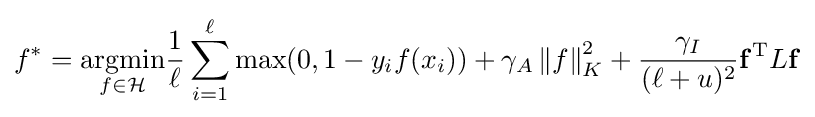
f^{*}={\underset {f\in {\mathcal {H}}}{\arg \!\min }}{\frac {1}{\ell }}\sum _{i=1}^{\ell }\max(0,1-y_{i}f(x_{i}))+\gamma _{A}\left\|f\right\|_{K}^{2}+{\frac {\gamma _{I}}{(\ell +u)^{2}}}\mathbf {f} ^{\mathrm {T} }L\mathbf {f}